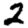
Digit: 2